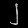
Digit: ၂